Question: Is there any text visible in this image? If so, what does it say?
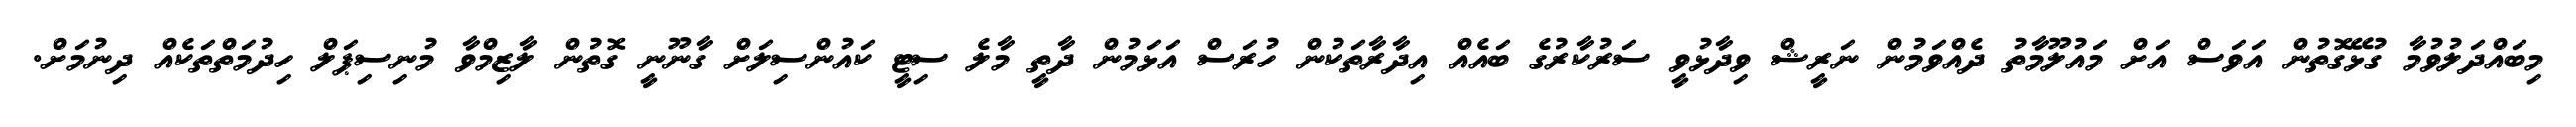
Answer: މިބައްދަލުވުމާ ގުޅޭގޮތުން އަވަސް އަށް މައުލޫމާތު ދެއްވަމުން ނަރީޝް ވިދާޅުވީ ސަރުކާރުގެ ބައެއް އިދާރާތަކުން ހުރަސް އަޅަމުން ދާތީ މާލެ ސިޓީ ކައުންސިލަށް ގާނޫނީ ގޮތުން ލާޒިމްވާ މުނިސިޕަލް ހިދުމަތްތަކެއް ދިނުމަށް.